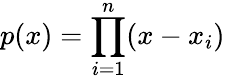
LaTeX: p(x)=\prod_{i=1}^{n}(x-x_{i})